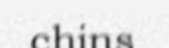
chins